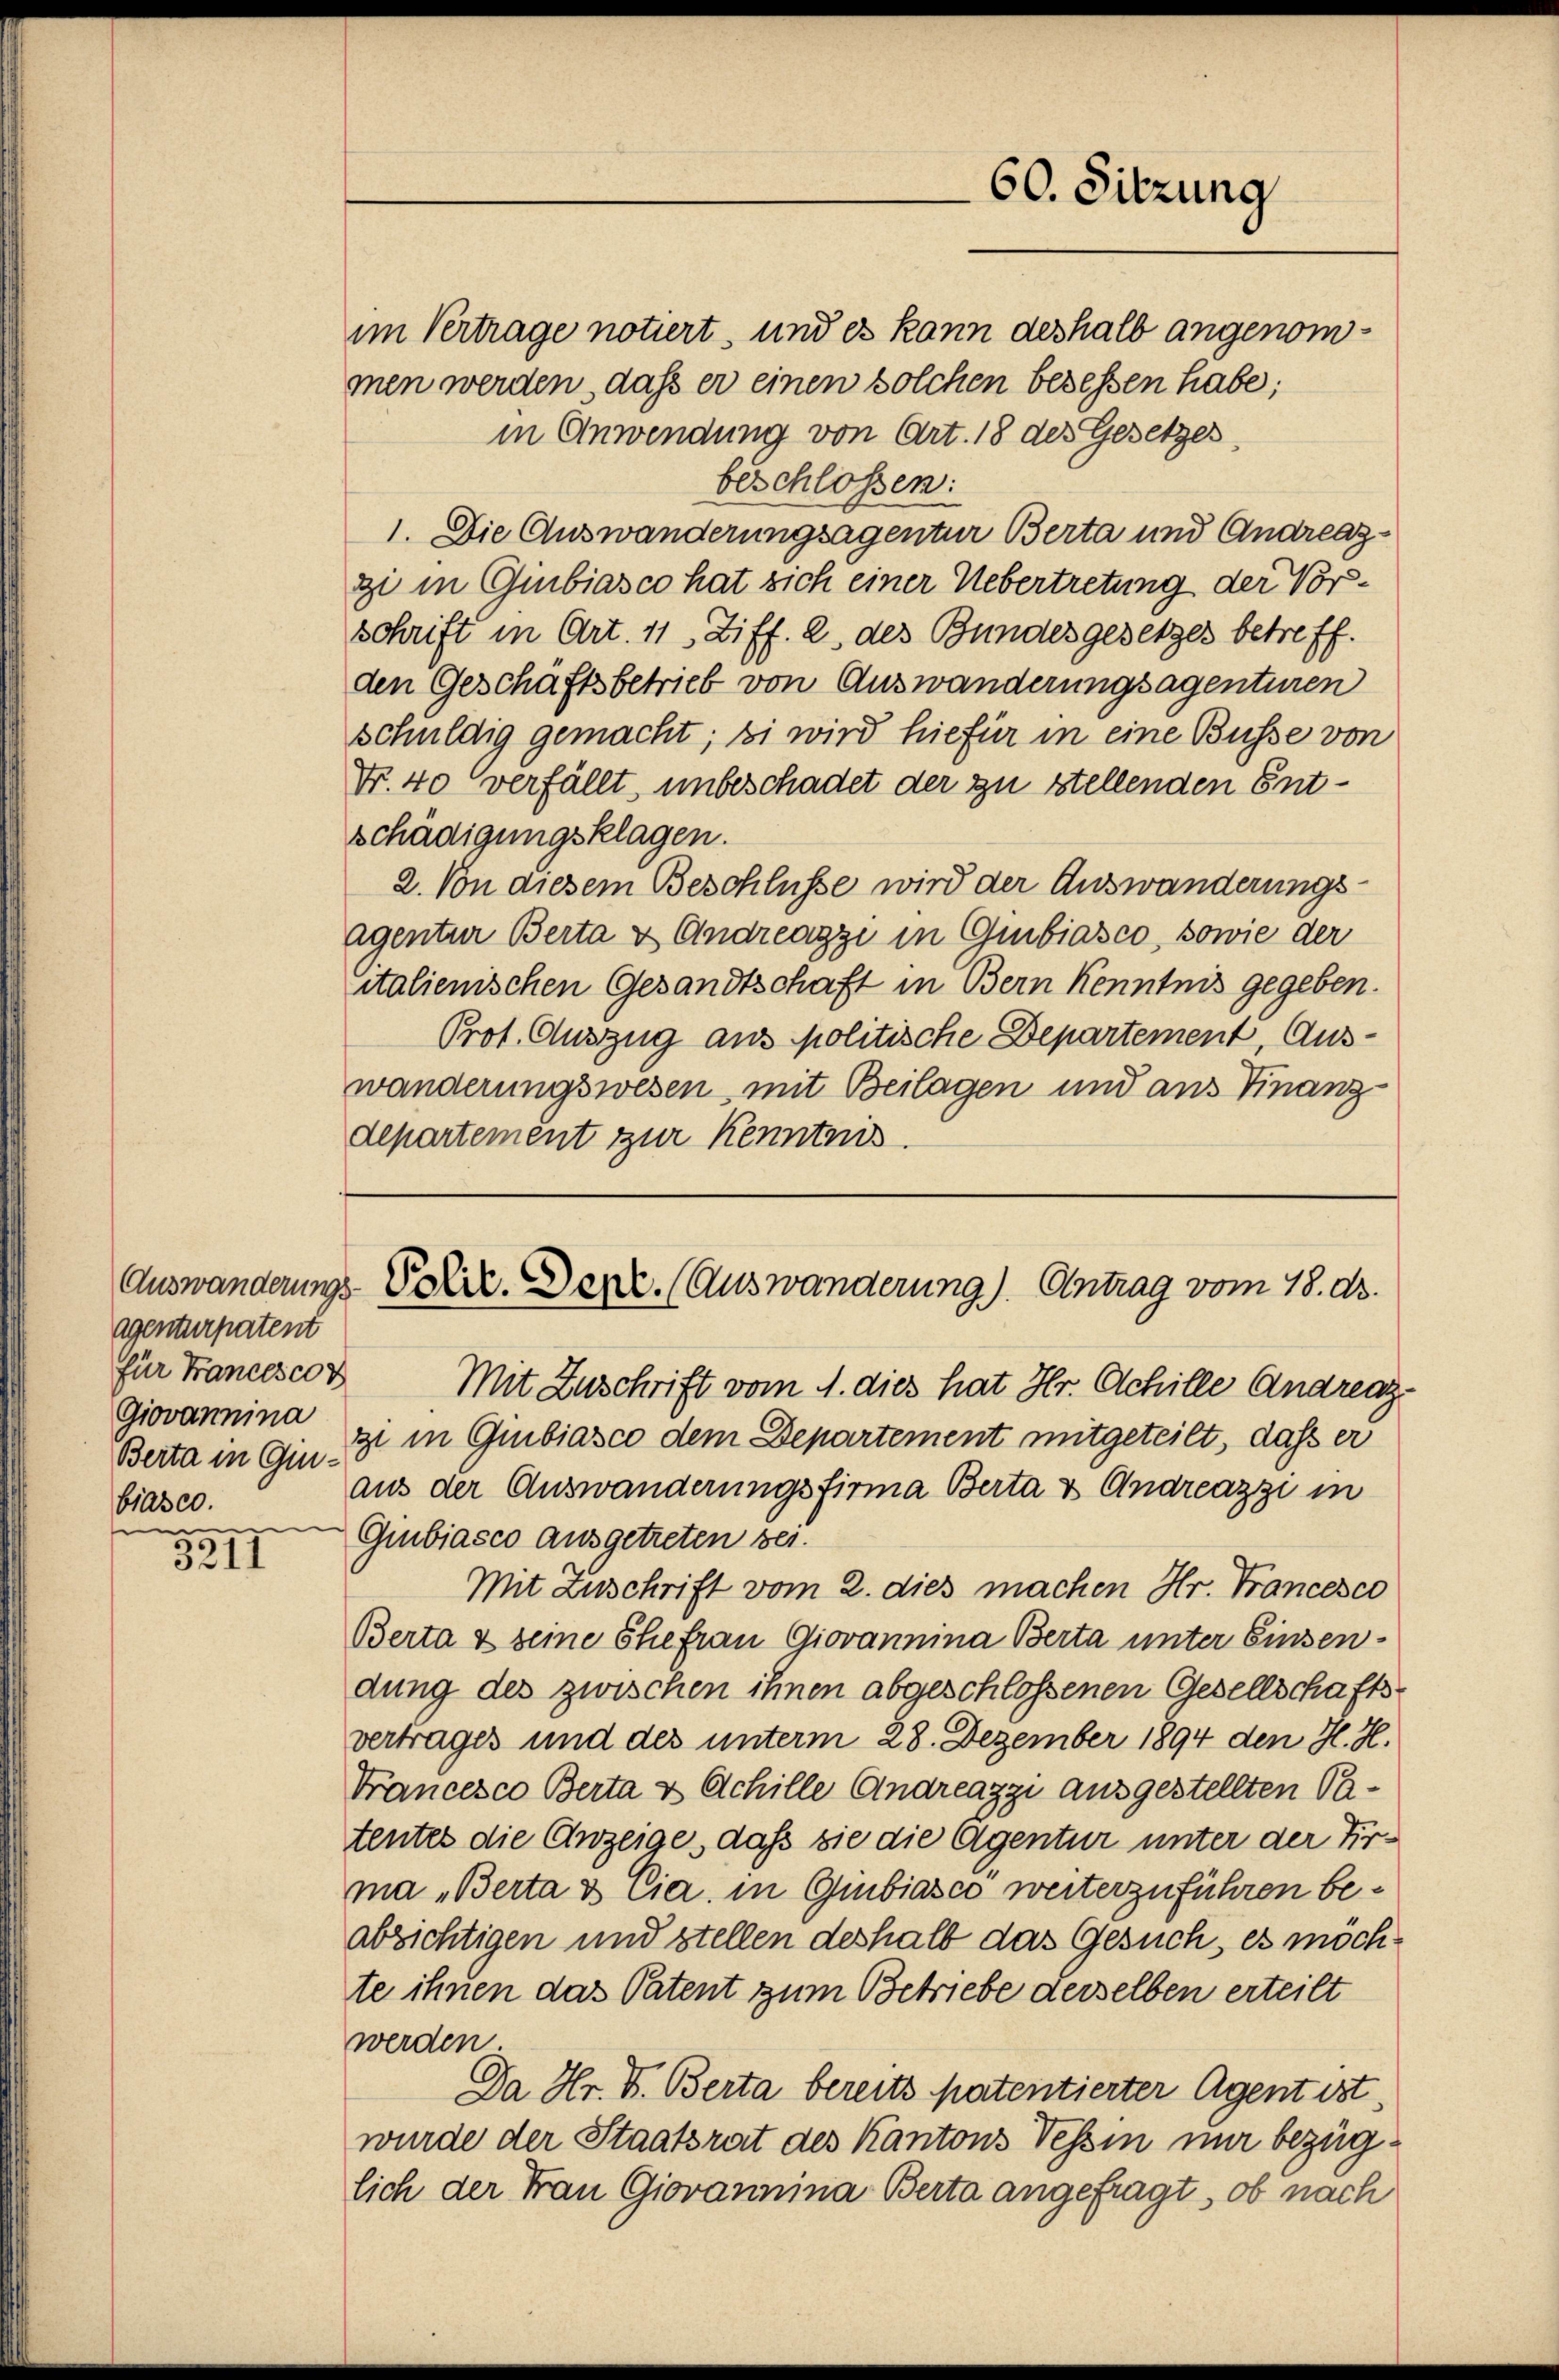
Agenturpatent
für Francescon
Giovannina
Berta in Ginbiasco.
e

1
3211

im Vertrage notiert, und es kann deshalb angenommen werden, daß er einen solchen besessen habe;
in Anwendung von Art. 18 des Gesetzes.
beschlossen:
1. Die Auswanderungsagentur Berta und Andreazgi in Giubiasco hat sich einer Uebertretung der Vorschrift in Art. 11 Ziff. 2, des Bundesgesetzes betreff.
den Geschäftsbetrieb von Auswanderungsagenturen
schuldig gemacht; si wird hiefür in eine Busse von
Fr. 40 verfällt, unbeschadet der zu stellenden Entschädigungsklagen.
2. Von diesem Beschlüsse wird der Auswanderungs¬
Agentur Berta & Andreazzi in Gubiasco, sowie der
italienischen Gesandtschaft in Bern Kenntnis gegeben.
Prot. Auszug aus politische Departement, Auswänderungswesen, mit Beilagen und aus Finanz
departement zur Kenntnis.

60. Sitzung

Auswanderungs- Poliz. Dere. (Auswanderung). Antrag vom 18. ds.

Mit Zuschrift vom 1. dies hat Hr. Achille Andreazzi in Giubiasco dem Departement mitgeteilt, dass er
aus der Auswanderungsfirma Berta & Andreazzi in
Giubiasco ausgetreten bei.
Mit Zuschrift vom 2. dies machen Hr. Francesco
Berta & seine Ehefrau Giovannina Berta unter Einsendung des zwischen ihnen abgeschlossenen Gesellschaftsvertrages und des unterm 28. Dezember 1894 den H. H.
Francesco Berta & Achille Andreazzi ausgestellten Patentes die Anzeige, daß sie die Agentur unter der Firma „Berta & Cia, in Gubiasco weiterzuführen beabsichtigen und stellen deshalb das Gesuch, es möchte ihnen das Patent zum Betriebe derselben erteilt
werden
Da Hr. V. Berta bereits patentierter Agent ist,
wurde der Staatsrat des Kantons Tessin nur bezüglich der Frau Giovannina Berta angefragt, ob nach